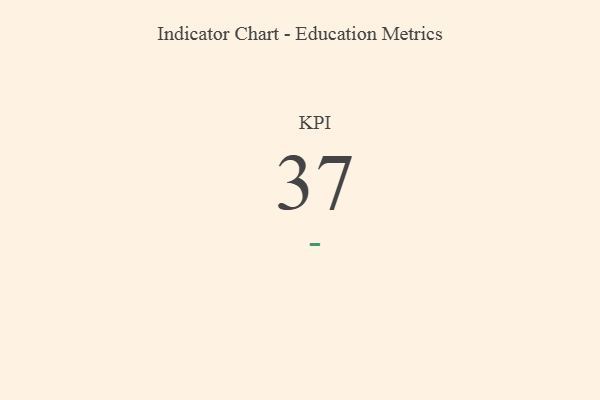
{"axis": {"x": "KPI", "y": "Value"}, "legend": [""], "data": [{"x": "KPI", "y": 37, "type": ""}]}